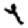
Digit: 4